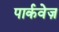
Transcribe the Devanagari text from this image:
पार्कवेज़